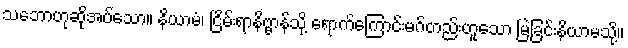
သဘောဟုဆိုအပ်သော။ နိယာမံ၊ ငြိမ်းရာနိဗ္ဗာန်သို့ ရောက်ကြောင်းမဂ်တည်းဟူသော မြဲခြင်းနိယာမသို့။